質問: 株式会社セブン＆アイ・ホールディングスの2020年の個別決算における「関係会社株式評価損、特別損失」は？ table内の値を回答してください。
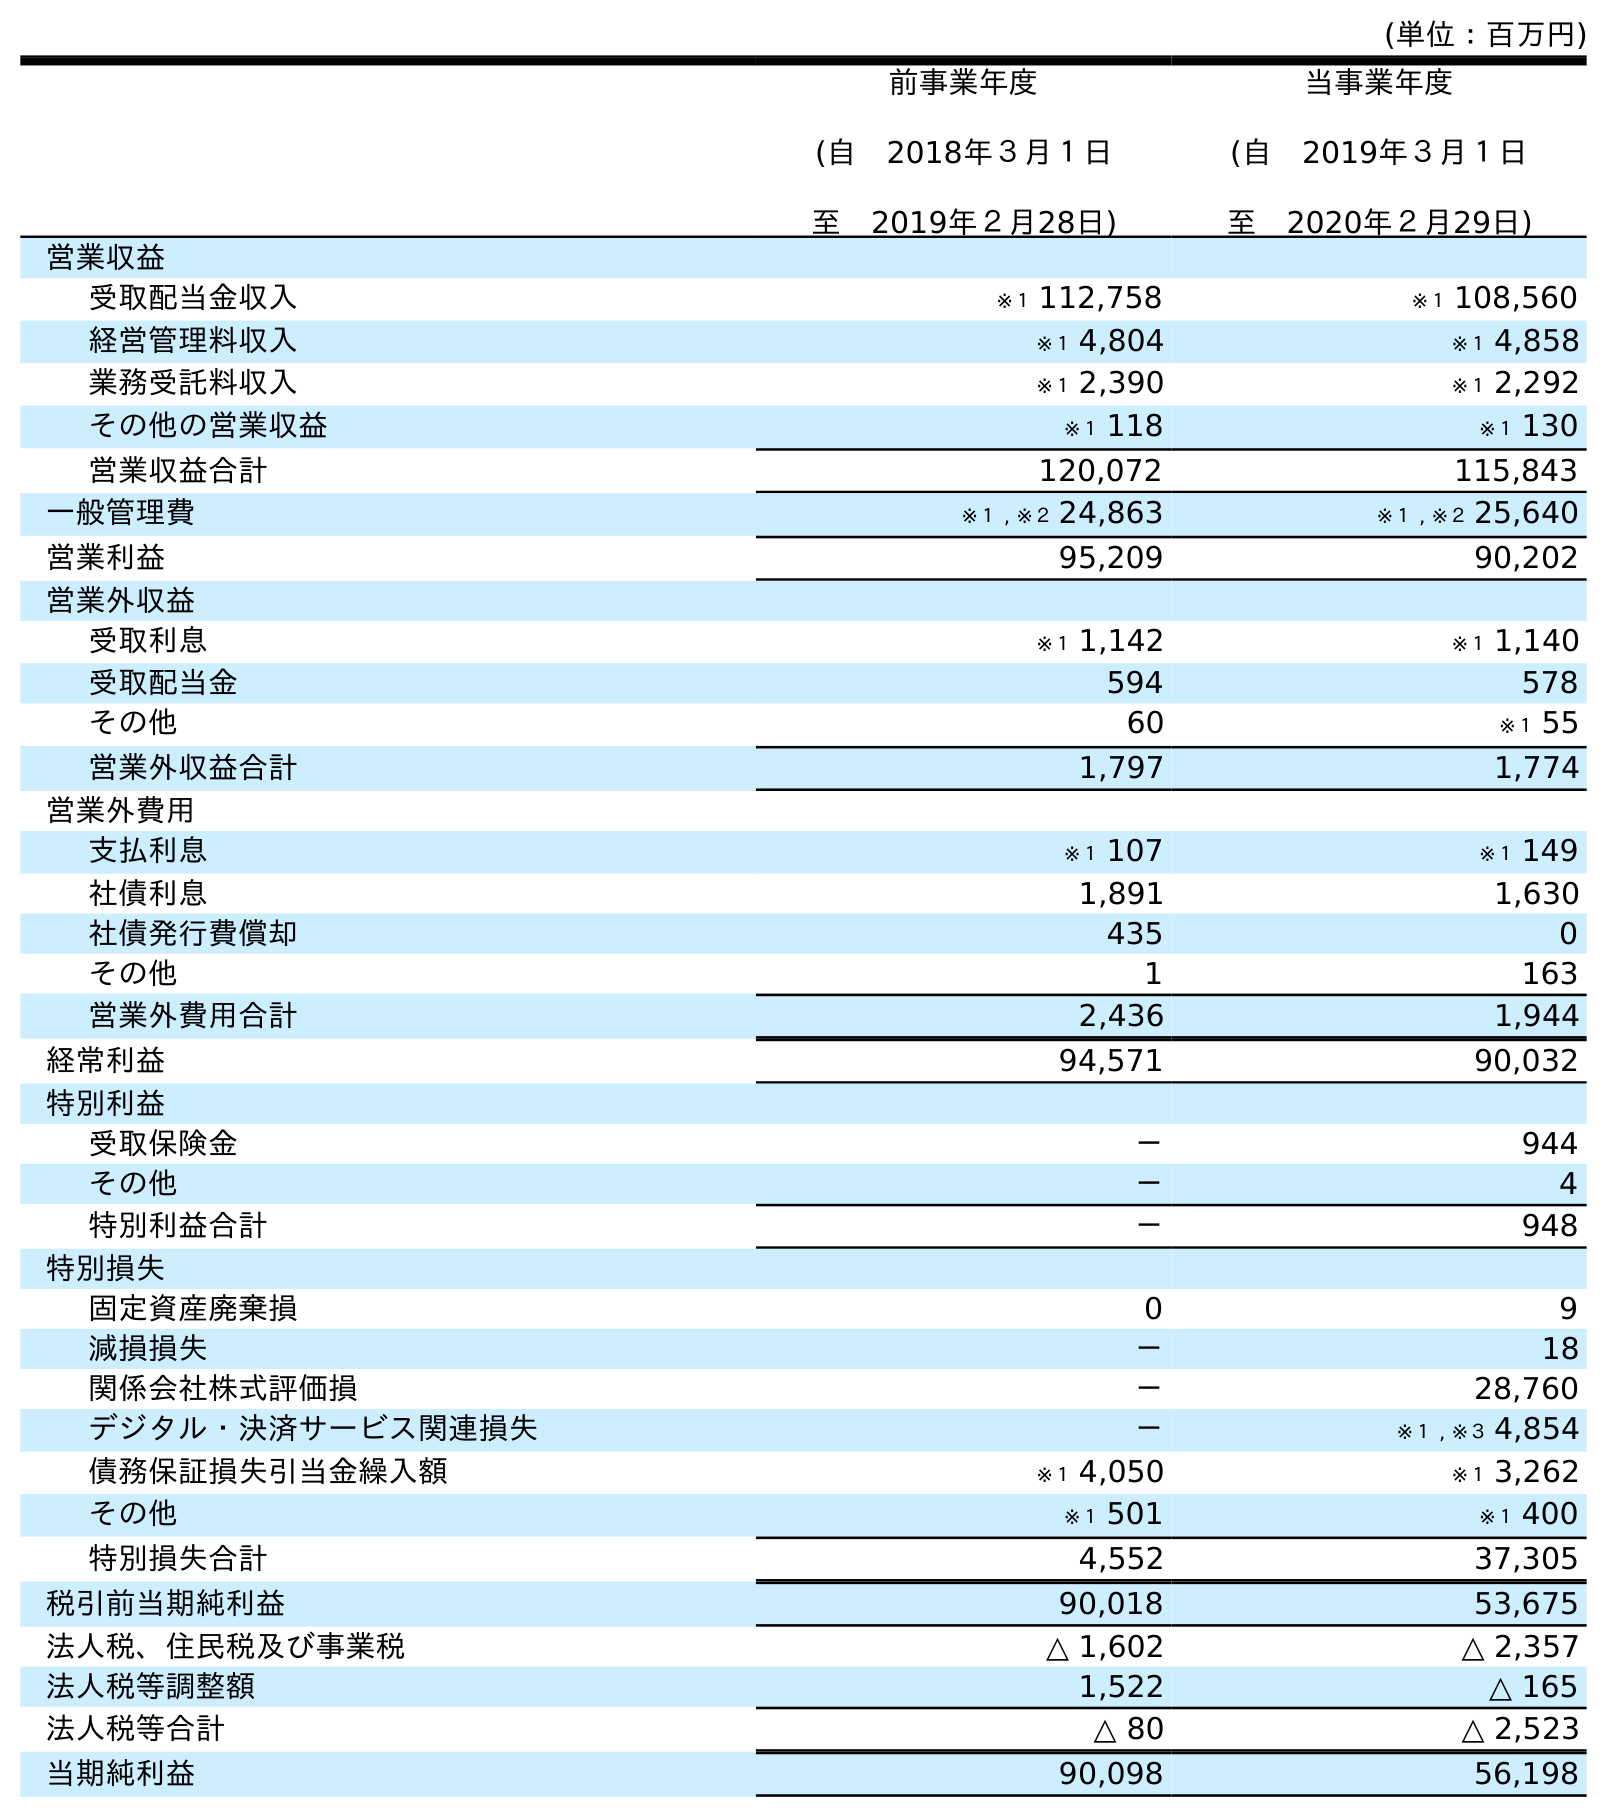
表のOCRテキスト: (単位：百万円) 前事業年度 (自 2018年３月１日 至 2019年２月28日) 当事業年度 (自 2019年３月１日 至 2020年２月29日) 営業収益 受取配当金収入 ※１ 112,758 ※１ 108,560 経営管理料収入 ※１ 4,804 ※１ 4,858 業務受託料収入 ※１ 2,390 ※１ 2,292 その他の営業収益 ※１ 118 ※１ 130 営業収益合計 120,072 115,843 一般管理費 ※１ , ※２ 24,863 ※１ , ※２ 25,640 営業利益 95,209 90,202 営業外収益 受取利息 ※１ 1,142 ※１ 1,140 受取配当金 594 578 その他 60 ※１ 55 営業外収益合計 1,797 1,774 営業外費用 支払利息 ※１ 107 ※１ 149 社債利息 1,891 1,630 社債発行費償却 435 0 その他 1 163 営業外費用合計 2,436 1,944 経常利益 94,571 90,032 特別利益 受取保険金 － 944 その他 － 4 特別利益合計 － 948 特別損失 固定資産廃棄損 0 9 減損損失 － 18 関係会社株式評価損 － 28,760 デジタル・決済サービス関連損失 － ※１ , ※３ 4,854 債務保証損失引当金繰入額 ※１ 4,050 ※１ 3,262 その他 ※１ 501 ※１ 400 特別損失合計 4,552 37,305 税引前当期純利益 90,018 53,675 法人税、住民税及び事業税 △ 1,602 △ 2,357 法人税等調整額 1,522 △ 165 法人税等合計 △ 80 △ 2,523 当期純利益 90,098 56,198
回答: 28,760